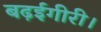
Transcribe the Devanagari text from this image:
बढ़ईगीरी।